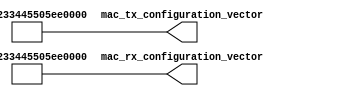
`timescale 1ns / 1ps

module eth_mac_conf #(
	parameter SRC_MAC = 48'h001122334455
)(
	output wire [79:0] mac_tx_configuration_vector,
	output wire [79:0] mac_rx_configuration_vector
);

	// TX Configuration
	assign mac_tx_configuration_vector [79:32] = SRC_MAC;
	assign mac_tx_configuration_vector [30:16] = 1518;
	assign mac_tx_configuration_vector [14] = 0;
	assign mac_tx_configuration_vector [10] = 0;  // DIC enable
	assign mac_tx_configuration_vector [9] = 0;
	assign mac_tx_configuration_vector [8] = 0;
	assign mac_tx_configuration_vector [7] = 0;
	assign mac_tx_configuration_vector [5] = 0;
	assign mac_tx_configuration_vector [4] = 0;  // jumbo frame enable
	assign mac_tx_configuration_vector [3] = 0;
	assign mac_tx_configuration_vector [2] = 0;  // VLAN enable
	assign mac_tx_configuration_vector [1] = 1;  // TX enable
	assign mac_tx_configuration_vector [0] = 0;

	// RX Configuration
	assign mac_rx_configuration_vector [79:32] = SRC_MAC;
	assign mac_rx_configuration_vector [30:16] = 1518;
	assign mac_rx_configuration_vector [14] = 0;
	assign mac_rx_configuration_vector [10] = 0;
	assign mac_rx_configuration_vector [9] = 1;  // frame length check disable
	assign mac_rx_configuration_vector [8] = 1;  // Length/Type error check disable
	assign mac_rx_configuration_vector [7] = 0;
	assign mac_rx_configuration_vector [5] = 0;
	assign mac_rx_configuration_vector [4] = 0;  // jumbo frame enable
	assign mac_rx_configuration_vector [3] = 0;
	assign mac_rx_configuration_vector [2] = 0;  // VLAN enable
	assign mac_rx_configuration_vector [1] = 1;  // RX enable
	assign mac_rx_configuration_vector [0] = 0;

	//Unused bits to 0
	assign mac_tx_configuration_vector [31] = 1'b0;
	assign mac_tx_configuration_vector [15] = 1'b0;
	assign mac_tx_configuration_vector [13:11] = 3'b0;
	assign mac_tx_configuration_vector [6] = 1'b0; 

	assign mac_rx_configuration_vector [31] = 1'b0;
	assign mac_rx_configuration_vector [15] = 1'b0;
	assign mac_rx_configuration_vector [13:11] = 3'b0;
	assign mac_rx_configuration_vector [6] = 1'b0; 

endmodule